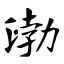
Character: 渤